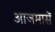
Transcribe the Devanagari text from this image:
आजमासें